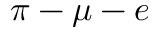
\pi - \mu - e